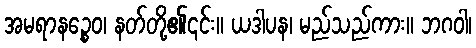
အမရာနဉ္စေဝ၊ နတ်တို့၏၎င်း။ ယဒါပန၊ မည်သည်ကား။ ဘဂဝါ၊